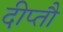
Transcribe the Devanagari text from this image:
दीप्तौ